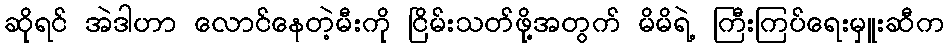
ဆိုရင် အဲဒါဟာ လောင်နေတဲ့မီးကို ငြိမ်းသတ်ဖို့အတွက် မိမိရဲ့ ကြီးကြပ်ရေးမှူးဆီက